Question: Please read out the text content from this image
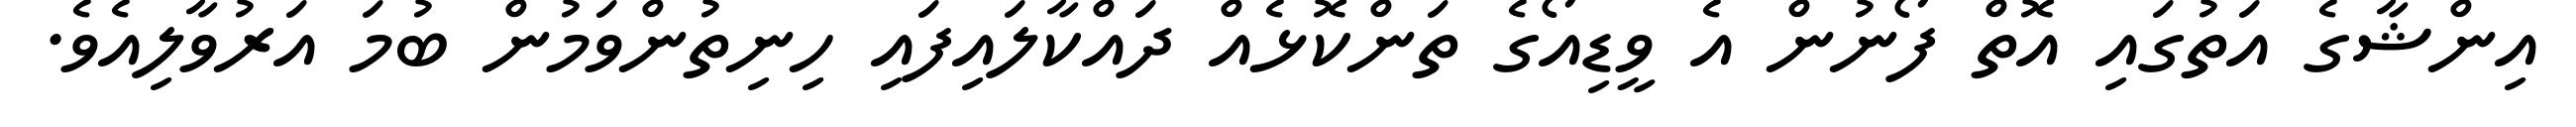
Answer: އިންޝާގެ އަތުގައި އޮތް ފޯނުން އެ ވީޑިއޯގެ ތަންކޮޅެއް ދައްކާލައިފައި ހިނިތުންވަމުން ބުމަ އަރުވާލިއެވެ.